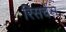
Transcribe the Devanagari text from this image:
रिसर्चेस